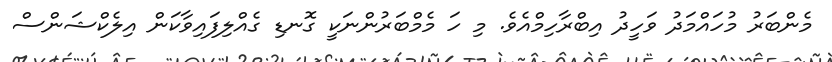
މެންބަރު މުހައްމަދު ވަހީދު އިބްރާހިމްއެވެ. މި ހަ މެމްބަރުންނަކީ ގޮނޑި ގެއްލިފައިވާކަން އިލެކްޝަންސް